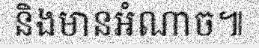
និងមានអំណាច៕